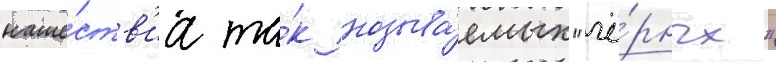
наше́ств'иа та́к называ́емых "чё́рных"